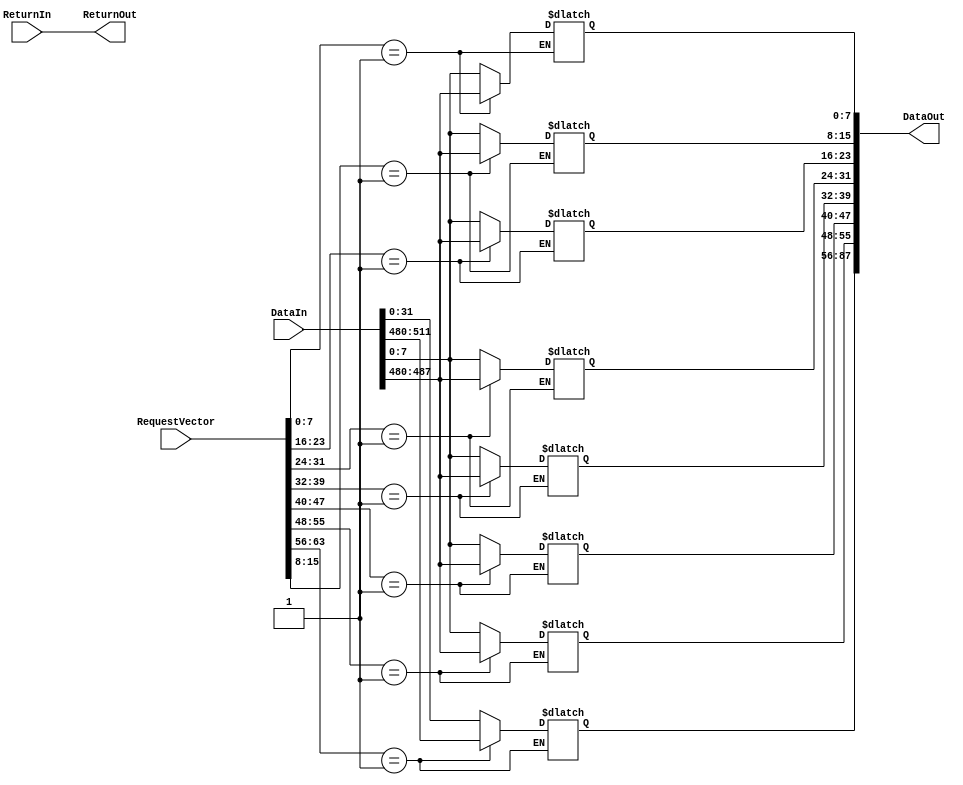
module MulticastNetwork(
//    input wire [31:0][15:0] DataIn,
//    input wire [7:0][15:0] RequestVector,
    input wire [32*16-1:0] DataIn,
    input wire [8*16-1:0] RequestVector,
    input wire [7:0] ReturnIn,
    output reg [32*8-1:0] DataOut,
//    output reg [31:0][7:0] DataOut,
    output wire [7:0] ReturnOut
);

integer i;
integer j;

assign ReturnOut = ReturnIn;

reg [31:0]DataInReal[15:0];
reg [7:0] RequestVectorReal[15:0];
reg [31:0] DataOutReal[7:0];

always@(DataIn or RequestVector or ReturnIn) begin
    for(i = 0; i < 16; i = i + 1) begin
        for(j = 0; j < 32; j = j + 1) begin
            DataInReal[i][j] <= DataIn[i*32+j];
        end
    end
    for(i = 0; i < 8; i = i + 1) begin
        for(j = 0; j < 16; j = j + 1) begin
            RequestVectorReal[i][j] <= RequestVector[i*8+j];
        end
    end
    for(i = 0; i < 16; i = i + 1) begin
        for(j = 0; j < 8; j = j + 1) begin
            if(RequestVectorReal[j] == 1) begin
                DataOutReal[j] <= DataInReal[i];
            end
        end
    end
    for(i = 0; i < 8; i = i + 1) begin
        for(j = 0; j < 32; j = j + 1) begin
            DataOut[i*8+j] <= DataOutReal[i][j];
        end
    end
end

endmodule